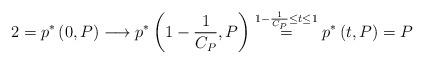
LaTeX: \begin{align*}2=p^{\ast}\left( 0,P\right) \overset{}{\longrightarrow}p^{\ast}\left( 1-\frac{1}{C_{P}},P\right) \overset{1-\frac{1}{C_{P}}\leq t\leq1}{=}p^{\ast}\left( t,P\right) =P \end{align*}